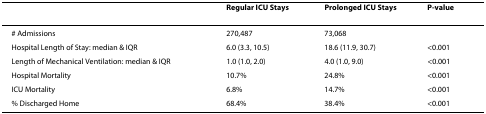
<table><thead><tr><td></td><td><b>Regular ICU Stays</b></td><td><b>Prolonged ICU Stays</b></td><td><b>P-value</b></td></tr></thead><tbody><tr><td># Admissions</td><td>270,487</td><td>73,068</td><td></td></tr><tr><td>Hospital Length of Stay: median &amp; IQR</td><td>6.0 (3.3, 10.5)</td><td>18.6 (11.9, 30.7)</td><td>&lt;0.001</td></tr><tr><td>Length of Mechanical Ventilation: median &amp; IQR</td><td>1.0 (1.0, 2.0)</td><td>4.0 (1.0, 9.0)</td><td>&lt;0.001</td></tr><tr><td>Hospital Mortality</td><td>10.7%</td><td>24.8%</td><td>&lt;0.001</td></tr><tr><td>ICU Mortality</td><td>6.8%</td><td>14.7%</td><td>&lt;0.001</td></tr><tr><td>% Discharged Home</td><td>68.4%</td><td>38.4%</td><td>&lt;0.001</td></tr></tbody></table>